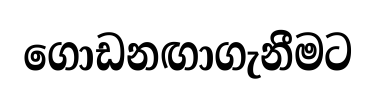
ගොඩනඟාගැනීමට